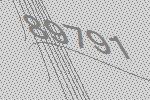
89791